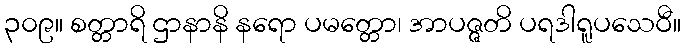
၃၀၉။ စတ္တာရိ ဌာနာနိ နရော ပမတ္တော၊ အာပဇ္ဇတိ ပရဒါရူပသေဝီ။